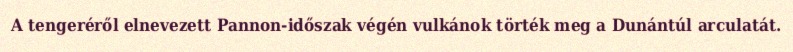
A tengeréről elnevezett Pannon-időszak végén vulkánok törték meg a Dunántúl arculatát.